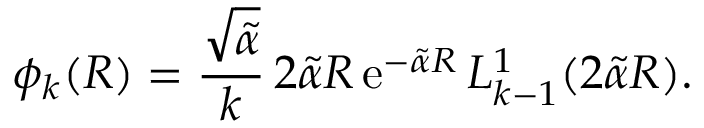
\phi _ { k } ( R ) = \frac { \sqrt { \tilde { \alpha } } } { k } \, 2 \tilde { \alpha } R \, \mathrm { e } ^ { - \tilde { \alpha } R } \, L _ { k - 1 } ^ { 1 } ( 2 \tilde { \alpha } R ) .